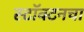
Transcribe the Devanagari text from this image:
स्टॉक्टनचा